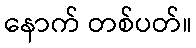
နောက် တစ်ပတ်။